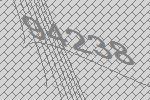
94238